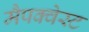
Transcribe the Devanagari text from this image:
मैपक्वेस्ट